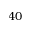
4 0